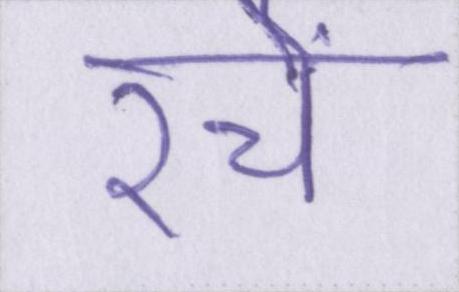
रचे